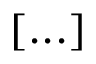
[ . . . ]